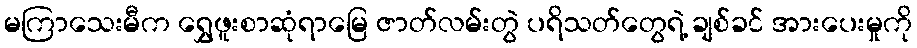
မကြာသေးမီက ရွှေဖူးစာဆုံရာမြေ ဇာတ်လမ်းတွဲ ပရိသတ်တွေရဲ့ ချစ်ခင် အားပေးမှုကို